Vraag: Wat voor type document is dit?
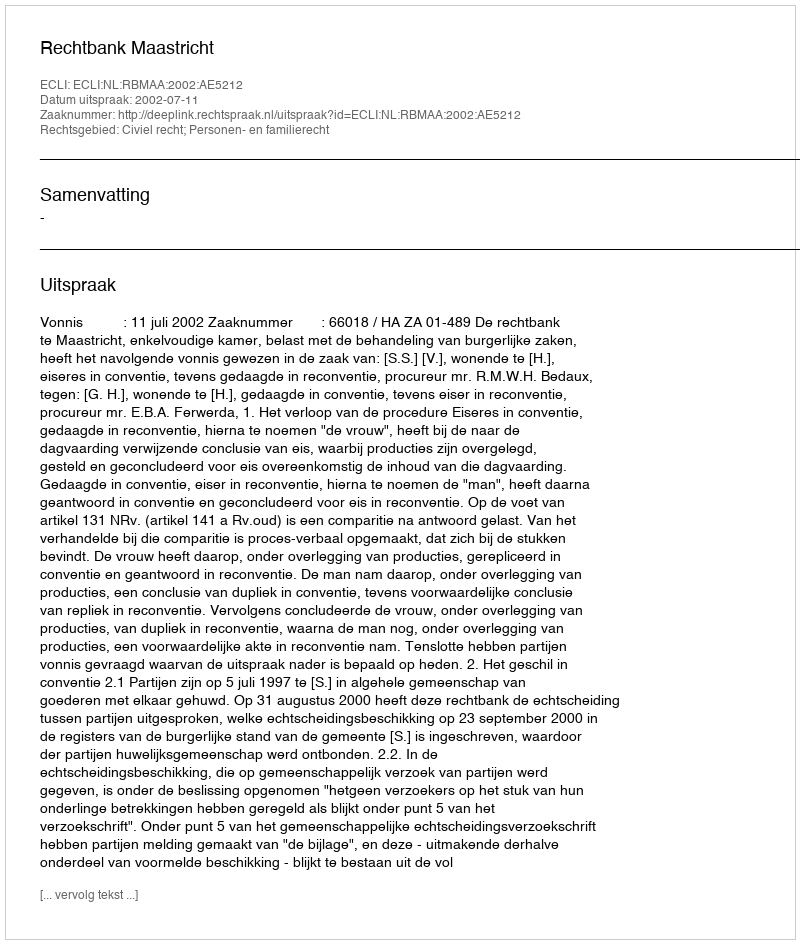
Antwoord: Uitspraak